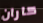
كاران